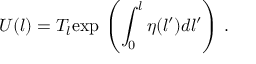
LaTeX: U ( l ) = T _ { l } \mathrm { e x p } \, \left( \int _ { 0 } ^ { l } \eta ( l ^ { \prime } ) d l ^ { \prime } \right) \, .